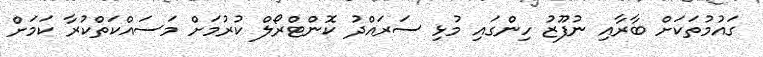
ގައުމުތަކަށް ބާރާއި ނުފޫޒު ހިންގައި މުޅި ސަރައްދު ކޮންޓްރޯލް ކުރުމަށް މަސައްކަތްކުރާ ކަމަށް